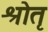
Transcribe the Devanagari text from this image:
श्रोतृ